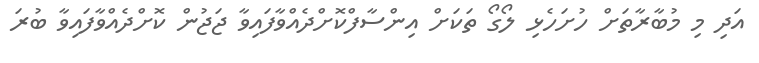
އަދި މި މުބާރާތަށް ހުށަހެޅި ލޯގޯ ތަކަށް އިންސާފްކޮށްދެއްވާފައިވާ ޖަޖުން ކޮށްދެއްވާފައިވާ ބުރަ